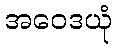
အဝေဒယုံ